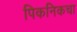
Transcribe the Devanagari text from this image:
पिकनिकचा